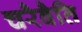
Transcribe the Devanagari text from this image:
चरैवैति